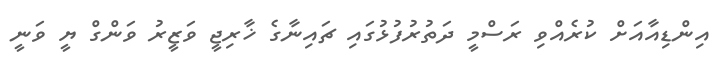
އިންޑިއާއަށް ކުރެއްވި ރަސްމީ ދަތުރުފުޅުގައި ޗައިނާގެ ޚާރިޖީ ވަޒީރު ވަންގް ޔީ ވަނީ